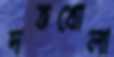
দত্তখোলা